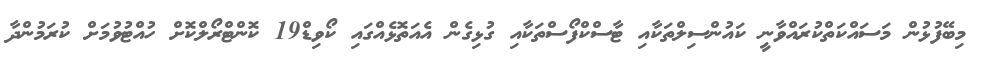
މިބޭފުޅުން މަސައްކަތްކުރައްވާނީ ކައުންސިލްތަކާއި ޓާސްކްފޯސްތަކާއި ގުޅިގެން އެއަތޮޅެއްގައި ކޯވިޑް19 ކޮންޓްރޯލްކޮށް ހުއްޓުވުމަށް ކުރަމުންދާ